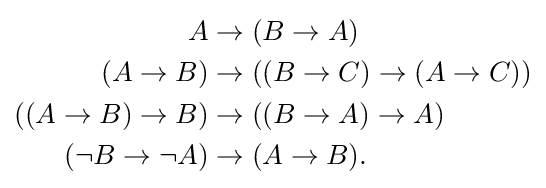
{\begin{aligned}A&\rightarrow (B\rightarrow A)\\(A\rightarrow B)&\rightarrow ((B\rightarrow C)\rightarrow (A\rightarrow C))\\((A\rightarrow B)\rightarrow B)&\rightarrow ((B\rightarrow A)\rightarrow A)\\(\neg B\rightarrow \neg A)&\rightarrow (A\rightarrow B).\end{aligned}}